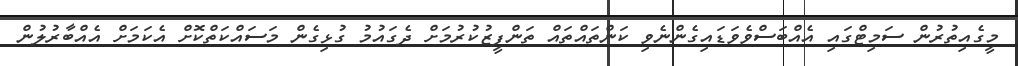
މީގެއިތުރުން ސަމިޓްގައި އެއްބަސްވެވަޑައިގެންނެވި ކަންތައްތައް ތަންފީޒުކުރުމަށް ދެގައުމު ގުޅިގެން މަސައްކަތްކޮށް އެކަމަށް އެއްބާރުލުން